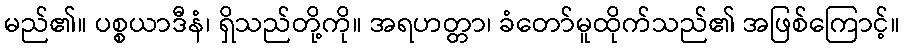
မည်၏။ ပစ္စယာဒီနံ၊ ရှိသည်တို့ကို။ အရဟတ္တာ၊ ခံတော်မူထိုက်သည်၏ အဖြစ်ကြောင့်။